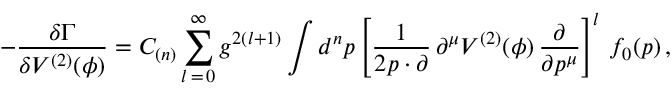
- \frac { \delta \Gamma } { \delta V ^ { ( 2 ) } ( \phi ) } = C _ { ( n ) } \sum _ { l \, = \, 0 } ^ { \infty } g ^ { 2 ( l + 1 ) } \int d ^ { n } p \left[ \frac { 1 } { 2 p \cdot \partial } \, \partial ^ { \mu } V ^ { ( 2 ) } ( \phi ) \, \frac { \partial } { \partial p ^ { \mu } } \right] ^ { l } \, f _ { 0 } ( p ) \, ,